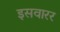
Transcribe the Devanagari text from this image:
इसवारर